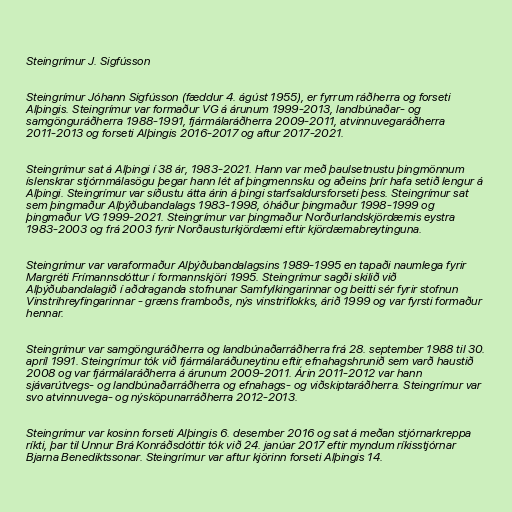
Steingrímur J. Sigfússon

Steingrímur Jóhann Sigfússon (fæddur 4. ágúst 1955), er fyrrum ráðherra og forseti
Alþingis. Steingrímur var formaður VG á árunum 1999-2013, landbúnaðar- og
samgönguráðherra 1988-1991, fjármálaráðherra 2009-2011, atvinnuvegaráðherra
2011-2013 og forseti Alþingis 2016-2017 og aftur 2017-2021.

Steingrímur sat á Alþingi í 38 ár, 1983-2021. Hann var með þaulsetnustu þingmönnum
íslenskrar stjórnmálasögu þegar hann lét af þingmennsku og aðeins þrír hafa setið lengur á
Alþingi. Steingrímur var síðustu átta árin á þingi starfsaldursforseti þess. Steingrímur sat
sem þingmaður Alþýðubandalags 1983-1998, óháður þingmaður 1998-1999 og
þingmaður VG 1999-2021. Steingrímur var þingmaður Norðurlandskjördæmis eystra
1983-2003 og frá 2003 fyrir Norðausturkjördæmi eftir kjördæmabreytinguna.

Steingrímur var varaformaður Alþýðubandalagsins 1989-1995 en tapaði naumlega fyrir
Margréti Frímannsdóttur í formannskjöri 1995. Steingrímur sagði skilið við
Alþýðubandalagið í aðdraganda stofnunar Samfylkingarinnar og beitti sér fyrir stofnun
Vinstrihreyfingarinnar - græns framboðs, nýs vinstriflokks, árið 1999 og var fyrsti formaður
hennar.

Steingrímur var samgönguráðherra og landbúnaðarráðherra frá 28. september 1988 til 30.
apríl 1991. Steingrímur tók við fjármálaráðuneytinu eftir efnahagshrunið sem varð haustið
2008 og var fjármálaráðherra á árunum 2009-2011. Árin 2011-2012 var hann
sjávarútvegs- og landbúnaðarráðherra og efnahags- og viðskiptaráðherra. Steingrímur var
svo atvinnuvega- og nýsköpunarráðherra 2012-2013.

Steingrímur var kosinn forseti Alþingis 6. desember 2016 og sat á meðan stjórnarkreppa
ríkti, þar til Unnur Brá Konráðsdóttir tók við 24. janúar 2017 eftir myndum ríkisstjórnar
Bjarna Benediktssonar. Steingrímur var aftur kjörinn forseti Alþingis 14.